Vaccination North-Western Provinces and Oudh 1878-1895 - 1878-1895
Year: 1878
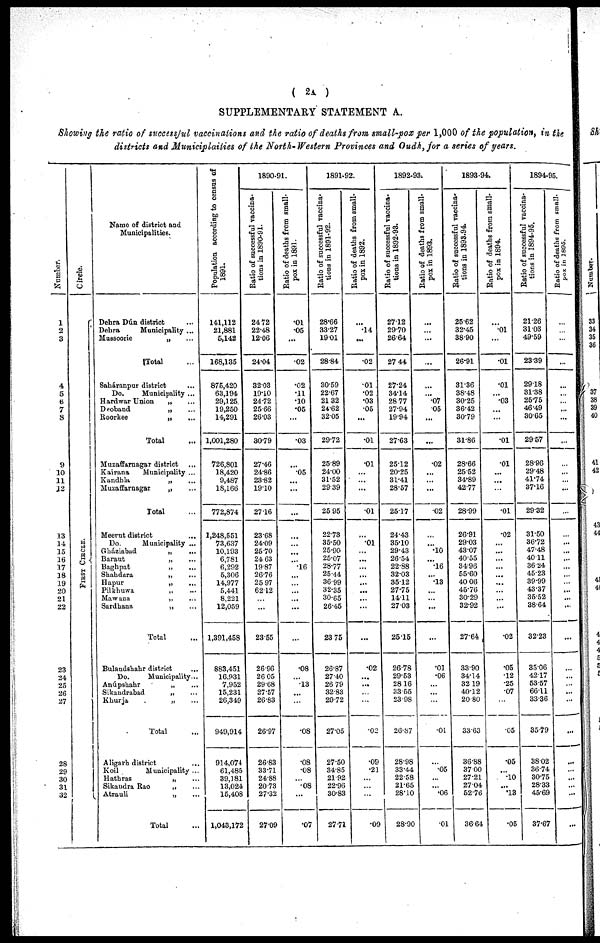
( 2A )
SUPPLEMENTARY STATEMENT A.
Showing the ratio of successful vaccinations and the ratio of deaths from small-pox per 1,000 of the population, in the
districts and Municiplaities of the North-Western Provinces and Oudh,for a series of years.
Number.
1
2
3
4
5
6
7
8
9
10
11
12
13
14
15
16
17
18
19
20
21
22
23
24
25
26
27
28
29
30
31
32
Circle.
FIRST CIRCLE.
Name of district and
Municipalities.
Dehra Dún district ...
Debra
Municipality ...
Mussoorie
„ ...
Total ...
Saháranpur district ...
Do.
Municipality ...
Hardwar Union „
Deoband
„
Roorkee
„
Total
Muzaffarnagar district
Kairana
Municipality ...
Kandhla
„
Muzaffarnagar
„
Total
Meerut district
Do.
Municipality ...
Gháziabad
„
Baraut
„
Baghpat
„
...
Sbahdara
„
Hapur
„
Pilkhuwa
„
Mawana
„
Sardhana
„
...
Total
Bulandshahr district
...
Do.
Municipality...
Anúpshahr
„
Sikandrabad
„
Khurja
„
Total
Aligarh district
Koil
Municipality ...
Hathras
„
Sikandra Rao
„
Atrauli
„
Total
Population according to census of
1891.
141,112
21,881
5,142
168,135
875,420
63,194
29,125
19,250
14,291
1,001,280
726,801
18,420
9,487
18,166
772,874
1,248,551
73,637
10,193
6,781
6,292
5,306
14,977
5,441
8,221
12,059
1,391,458
883,451
16,931
7,952
15,231
26,349
949,914
914,074
61,485
39,181
13,024
15,408
1,043,172
1890-91.
Ratio of successful vaccina-
tions in 1890-91.
24.72
22.48
12.06
24.04
32.03
19.10
24.72
25.66
26.03
30.79
27.46
24.86
23.82
19.10
27.16
23.68
24.09
25.70
24.63
19.87
26.76
25.97
62.12
...
...
23.55
26.96
26.05
29.68
27.57
26.83
26.97
26.83
33.71
24.88
20.73
27.32
27.09
Ratio of deaths from small-
pox in 1891.
.01
.05
...
.02
.02
.11
.10
.05
...
.03
...
.05
...
...
...
...
...
...
...
.16
...
...
...
...
...
...
.08
...
.13
...
...
.08
.08
.08
...
.08
...
.07
1891-92.
Ratio of successful vaccina-
tions in 1891-92.
28.66
33.27
19.01
28.84
30.59
22.67
21.32
24.62
32.05
29.72
25.89
24.00
31.52
29.39
25.95
22.73
35.50
25.90
25.07
28.77
25.44
36.99
32.35
30.65
26.45
23.75
26.87
27.40
26.79
32.83
29.72
27.05
27.50
34.85
21.92
22.96
30.83
27.71
Ratio of deaths from small-
pox in 1892.
...
14
...
.02
01
.02
.03
05
...
.01
.01
...
...
...
.01
...
.01
...
...
...
...
...
...
...
...
...
.02
...
...
...
...
.02
.09
.21
...
...
...
.09
1892-93.
Ratio of successful vaccina-
tions in 1892-93.
27.12
29.70
26.64
27.44
27.24
34.14
28.77
27.94
19.94
27.63
25.12
20.25
31.41
28.57
25.17
24.43
35.10
29.43
26.54
22.88
32.03
35.12
27.75
14.11
27.03
25.15
26.78
29.53
28.16
33.55
23.98
26.87
28.98
33.44
22.58
21.65
28.10
28.90
Ratio of deaths from small-
pox in 1893.
...
...
...
...
...
...
.07
.05
...
...
.02
...
...
...
.02
...
...
.10
...
.16
...
.13
...
...
...
...
.01
.06
...
...
...
.01
...
.05
...
...
.06
.01
1893-94.
Ratio of successful vaccina-
tions in 1893.94.
25.62
32.45
38.90
26.91
31.36
38.48
30.25
36.42
30.79
31.86
28.66
25.52
34.89
42.77
28.99
26.91
29.03
43.07
40.55
34.96
55.60
40.06
45.76
30.29
32.92
27.64
33.90
34.14
32.19
40.12
20.80
33.63
36.88
37.00
27.21
27.04
52.76
36.64
Ratio of deaths from small-
pox in 1894.
...
.01
...
.01
.01
...
.03
...
...
.01
.01
...
...
...
.01
.02
...
...
...
...
...
...
...
...
...
.02
.05
.12
.25
.07
...
.05
.05
...
.10
...
.13
.05
1894-95.
Ratio of successful vaccina-
tions in 1894-95.
21.26
31.03
49.59
23.39
29.18
31.38
25.75
46.49
30.65
29.57
28.96
29.48
41.74
37.16
29.32
31.50
36.72
47.48
40.11
36.24
45.23
39.99
43.37
35.52
38.64
32.23
35.06
42.17
53.57
66.11
33.36
35.79
38.02
36.74
30.75
28.33
45.69
37.67
Ratio of deaths from small-
pox in 1895.
...
...
...
...
...
...
...
...
...
...
...
...
...
...
...
...
...
...
...
...
...
...
...
...
...
...
...
...
...
...
...
...
...
...
...
...
...
...